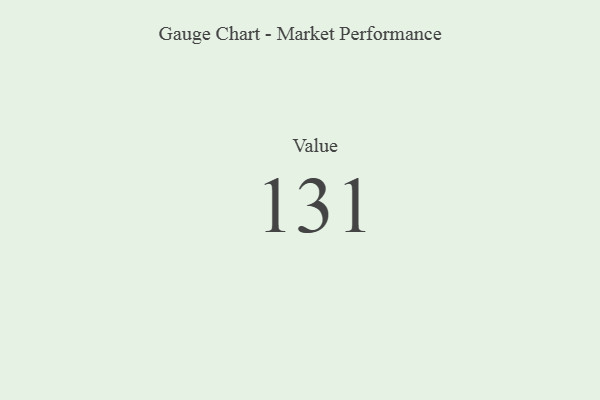
{"axis": {"x": "Metric", "y": "Value"}, "legend": [""], "data": [{"x": "Value", "y": 131, "type": ""}]}